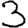
Digit: 3